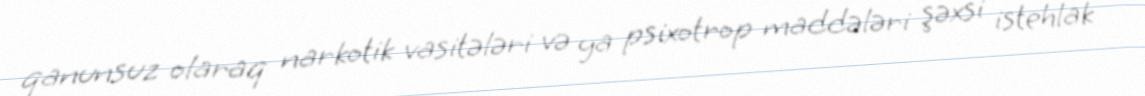
qanunsuz olaraq narkotik vasitələri və ya psixotrop maddələri şəxsi istehlak